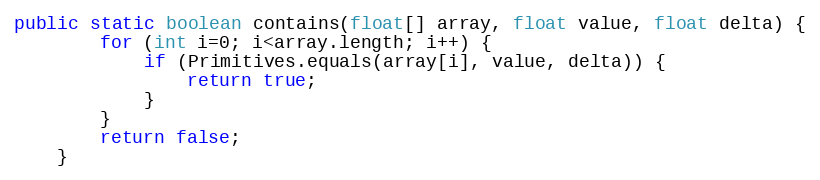
Language: Java
public static boolean contains(float[] array, float value, float delta) {
        for (int i=0; i<array.length; i++) {
            if (Primitives.equals(array[i], value, delta)) {
                return true;
            }
        }
        return false;
    }